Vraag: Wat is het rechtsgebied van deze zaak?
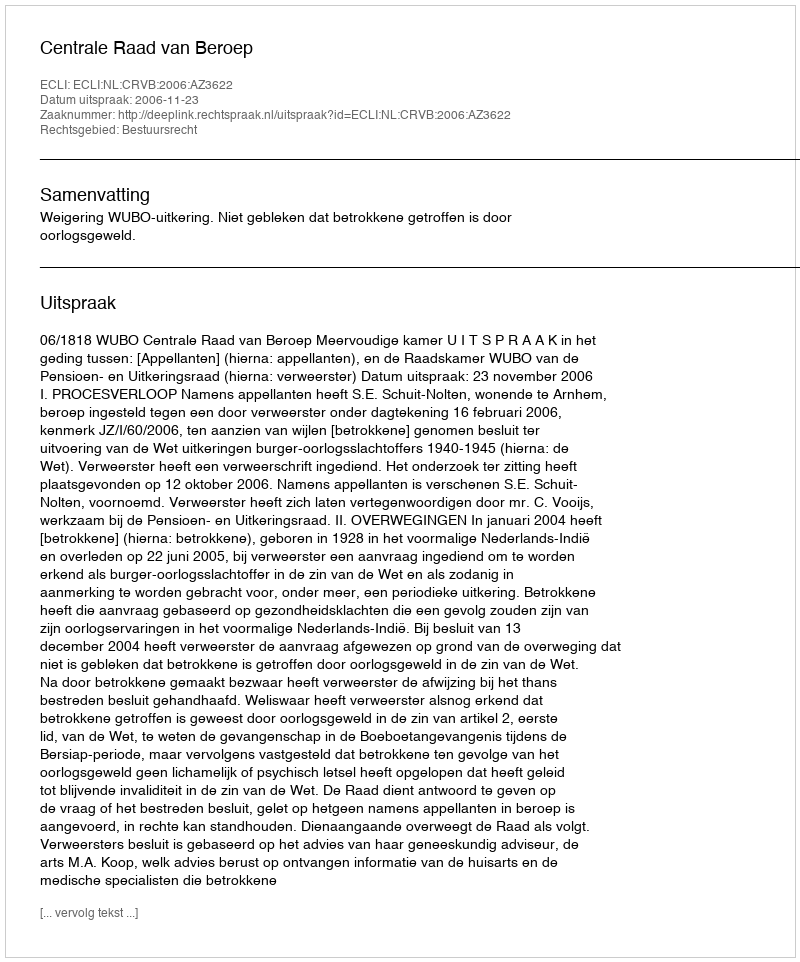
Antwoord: Bestuursrecht